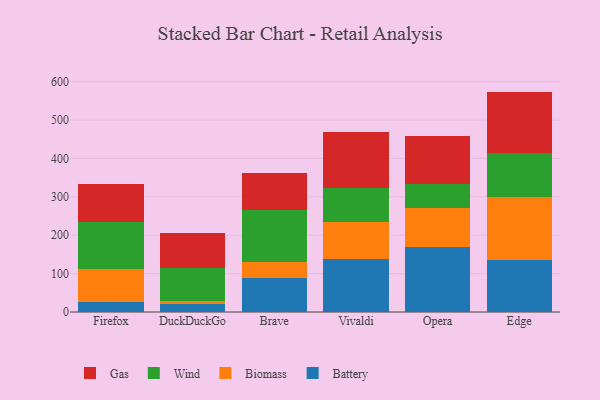
{"axis": {"x": "Browser", "y": "Satisfaction Score"}, "legend": ["Battery", "Biomass", "Gas", "Wind"], "data": [{"x": "Firefox", "y": 25.9, "type": "Battery"}, {"x": "Firefox", "y": 86.5, "type": "Biomass"}, {"x": "Firefox", "y": 122.8, "type": "Wind"}, {"x": "Firefox", "y": 99.5, "type": "Gas"}, {"x": "DuckDuckGo", "y": 22.1, "type": "Battery"}, {"x": "DuckDuckGo", "y": 6.8, "type": "Biomass"}, {"x": "DuckDuckGo", "y": 85.3, "type": "Wind"}, {"x": "DuckDuckGo", "y": 92.1, "type": "Gas"}, {"x": "Brave", "y": 88.2, "type": "Battery"}, {"x": "Brave", "y": 41.5, "type": "Biomass"}, {"x": "Brave", "y": 136.8, "type": "Wind"}, {"x": "Brave", "y": 96.8, "type": "Gas"}, {"x": "Vivaldi", "y": 136.8, "type": "Battery"}, {"x": "Vivaldi", "y": 97.9, "type": "Biomass"}, {"x": "Vivaldi", "y": 87.9, "type": "Wind"}, {"x": "Vivaldi", "y": 147.0, "type": "Gas"}, {"x": "Opera", "y": 169.1, "type": "Battery"}, {"x": "Opera", "y": 102.8, "type": "Biomass"}, {"x": "Opera", "y": 62.8, "type": "Wind"}, {"x": "Opera", "y": 123.7, "type": "Gas"}, {"x": "Edge", "y": 136.3, "type": "Battery"}, {"x": "Edge", "y": 162.4, "type": "Biomass"}, {"x": "Edge", "y": 116.5, "type": "Wind"}, {"x": "Edge", "y": 159.0, "type": "Gas"}]}